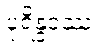
ပုရိန္ဒဒဿ